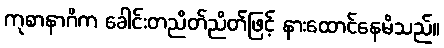
ကုစာနာဂိက ခေါင်းတညိတ်ညိတ်ဖြင့် နားထောင်နေမိသည်။